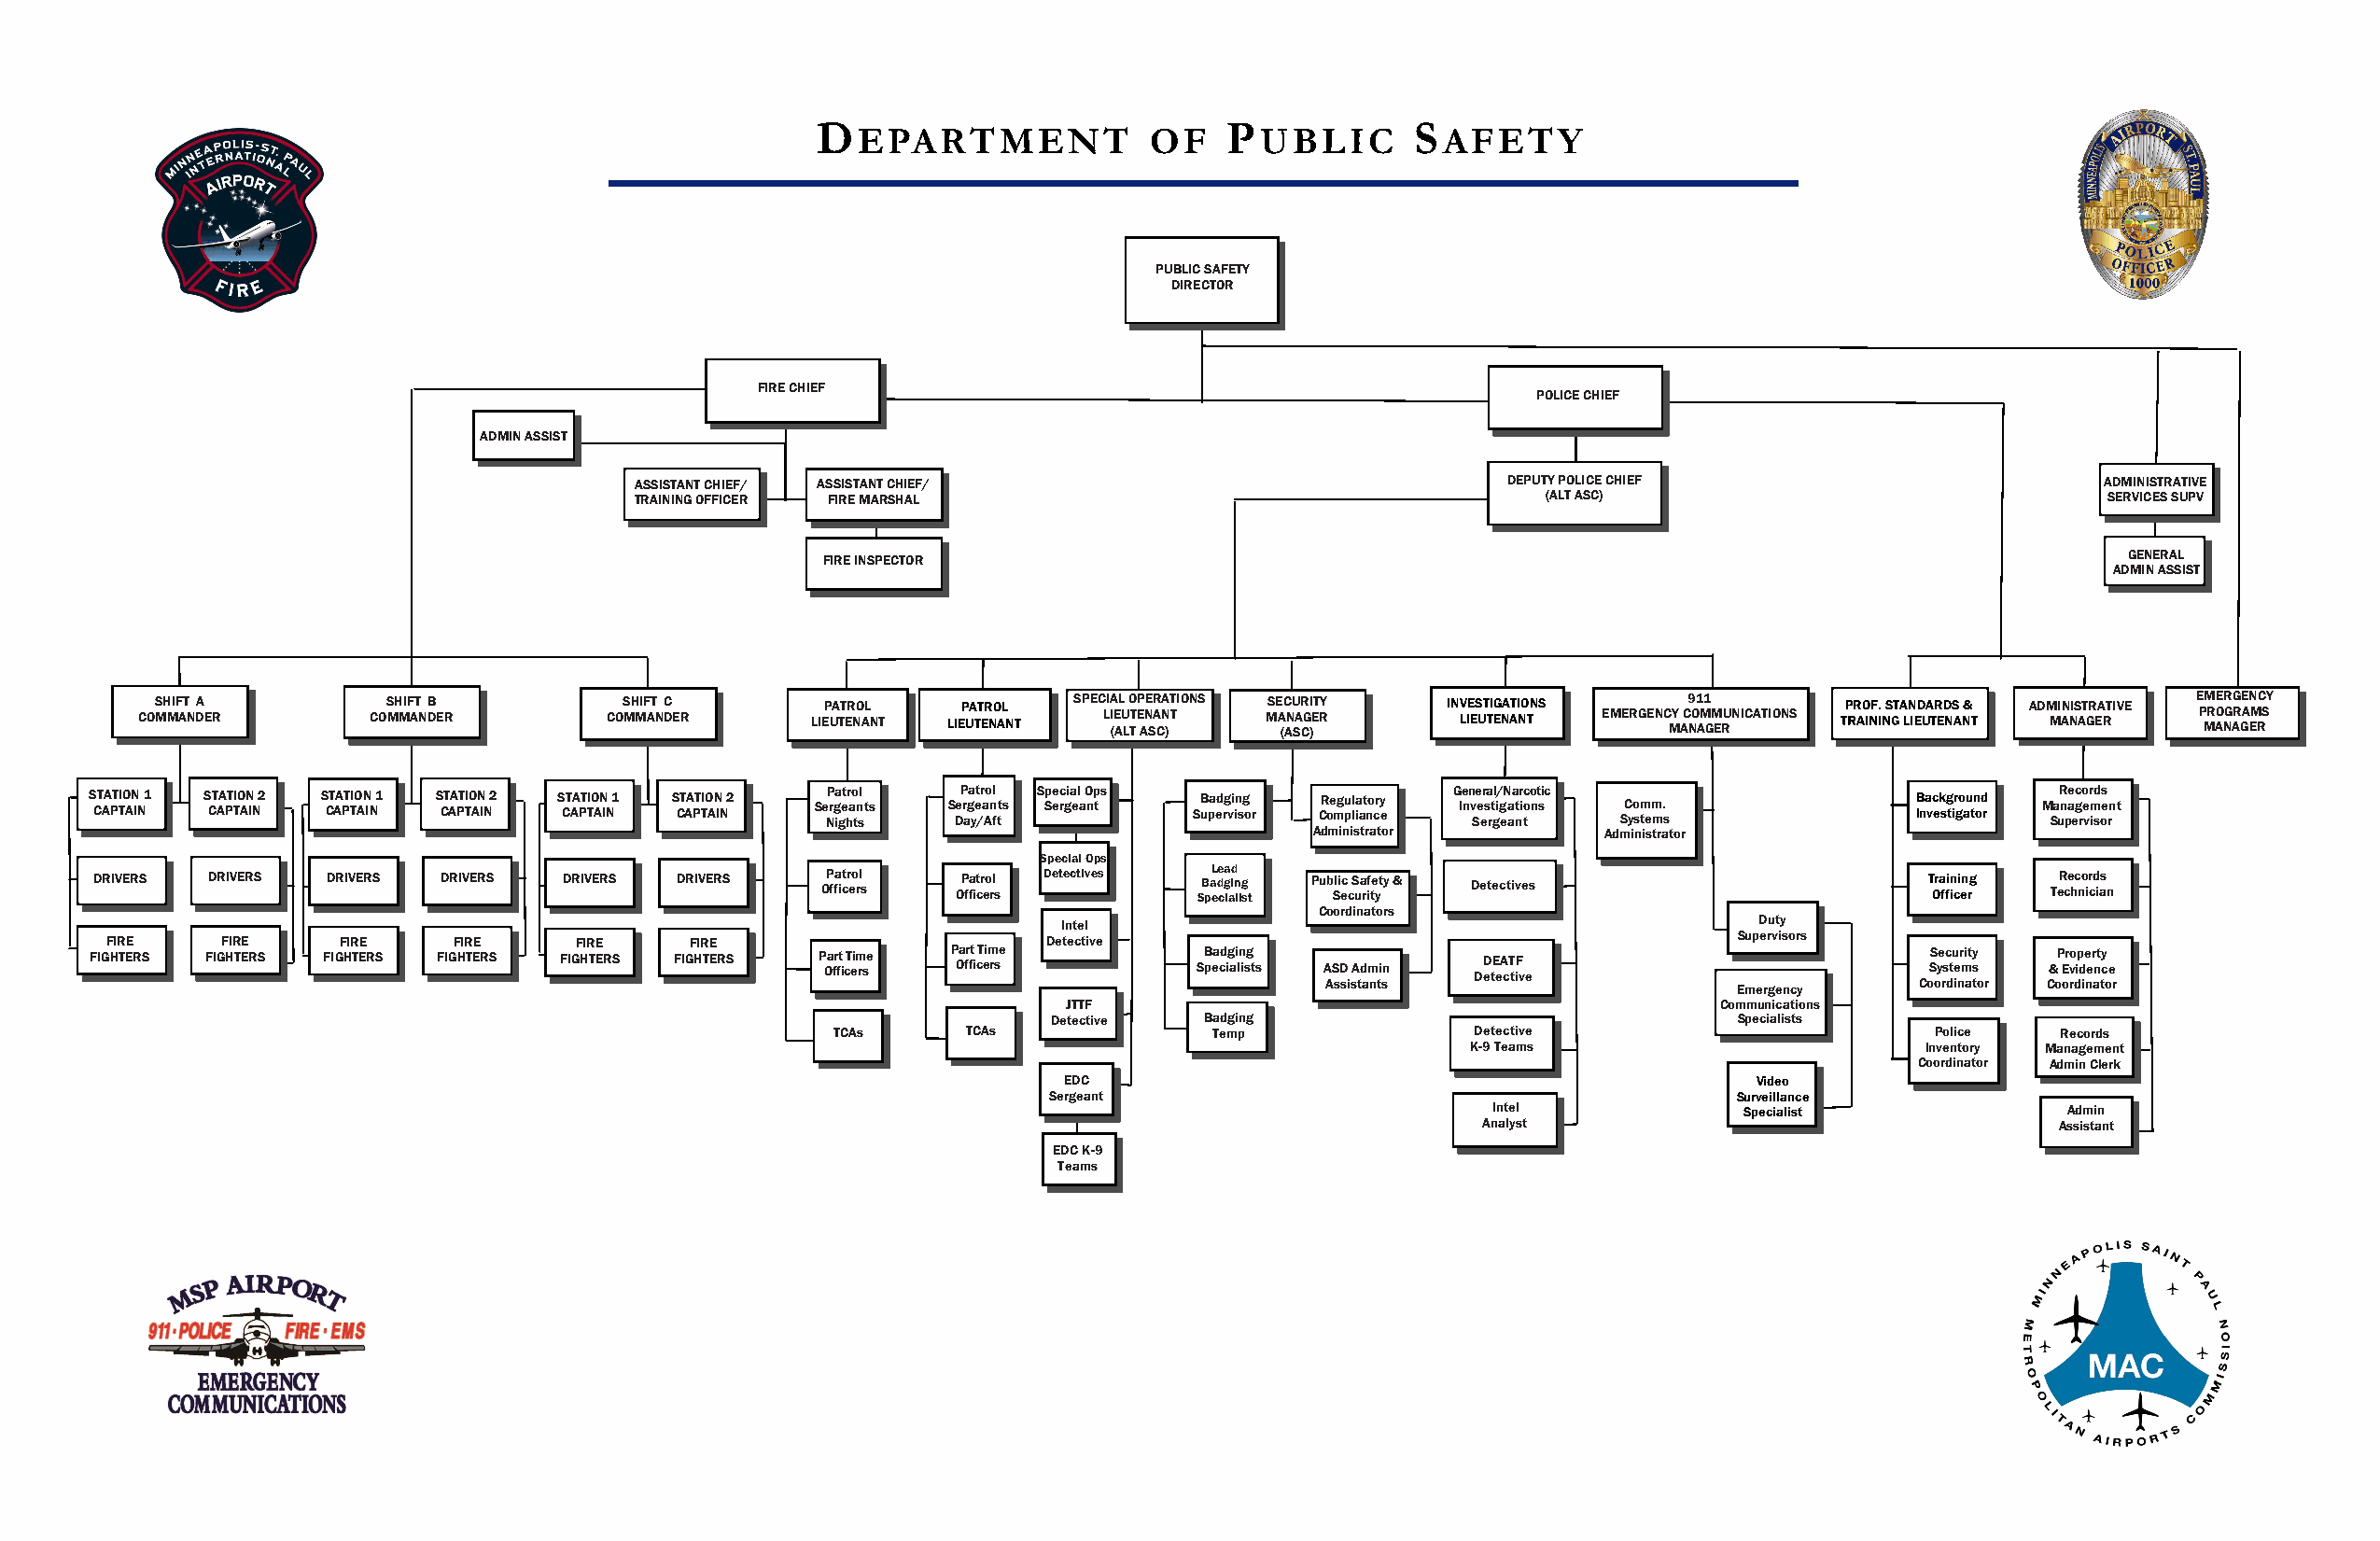
D                            P            S
 EPARTMENT            OF     UBLIC        AFETY
 PUBLIC SAFETY
 DIRECTOR
 FIRE CHIEF
 POLICE CHIEF
 ADMIN ASSIST
 ASSISTANT CHIEF/ ASSISTANT CHIEF/                             DEPUTY POLICE CHIEF                       ADMINISTRATIVE
 TRAINING OFFICER FIRE MARSHAL                                    (ALT ASC)                              SERVICES SUPV
 GENERAL
 FIRE INSPECTOR
 ADMIN ASSIST
 COS MH MIF AT N DA E R COS MH MIF AT N DB E R COS MH MIF AT N DC E R LIEP UA TT ER NO AL N T LI E P UA TT ER NO AL N T SSPPEECC LLII IIAA ((EE AALL UU
 LL
 OO TTTT EEPP AANNEE SSRR AA CCNNAA
 ))
 TT TTII OONNSS MSE A (C ANU SAR CG )I ET RY IN LV IE ES UT TIG ENA ATI NO TN S EMERGENC MY AC9 NO1 AM1 GM ERU N I C A T I O N S P ROF. ST A LN IED UA TR ED NS A N& T ADM MI AN NIS AT GR EA RT IVE E P MM R AE OR NG AG R GE AN EM RC SY
 S CT AA PTI TO AN IN 1 S CT AA PTI T O AN IN 2 S CT AA PTI TO AN IN 1 S CT AA PTI T O AN IN 2 S CT AA PTI TO AN IN 1 S CT AA PTI T O AN IN 2 Se NP rg ia get hr ao tn sl t s S DeP r aga yet /r a Ao n fl tt s S Spe ec rgia e l a O np t s SB upa ed rg vi in sg o r ACR do me mg inu p il l sa ia tt rno acr ty e
 o r
 G Ie nn v Se e er sa rt gl i/ g eN a aa t nr i tc o o nt sic AdmSC y io s nm t ie sm tm ra. s
 t or
 B Ina vc ek sg t ir go au tn od r M Sa uR n pe a ec g r o e vr m id sos e rn t
 Special Ops
 DRIVERS DRIVERS DRIVERS DRIVERS  DRIVERS DRIVERS   OP ffa it cr eo rl s OP ffa ictr eo rl s Detec tives SB pa eL de cga iaid n li g st Pub Sli ec c S ua rf ite yt y & Detectives T Ora ffi in ci en rg TeR ce hc no ir cd ias n
 Coordinators
 Intel                                             Duty
 FIGF HIR TEE R S FIGF HIR TEE R S FIGF HIR TEE R S FIGF HIR TEE R S FIGF HIR TEE R S FIGF HIR TEE R S P Oa fr ft i cT eim rse P Oa fr ft i cT eim rse Detec tive SB pea cd ig ai ln isg t s ASD Admin DeD tE eA cT tiF v e Supervisors SS ye sc tu er mity s &P Er vo ip de er nty c e
 Assistants                   Emergency    Coordinator Coordinator
 JTTF                                          Communications
 Detective Badging                               Specialists
 TCAs      TCAs             Temp               Detective                       Police   Records
 K-9 Teams                        Inventory Management
 Coordinator Admin Clerk
 EDC                                               Video
 Sergeant                                         Surveillance
 Intel             Specialist             Admin
 Analyst                                  Assistant
 EDC K-9
 Teams